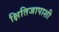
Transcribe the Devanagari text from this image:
क्षितिजापाशी